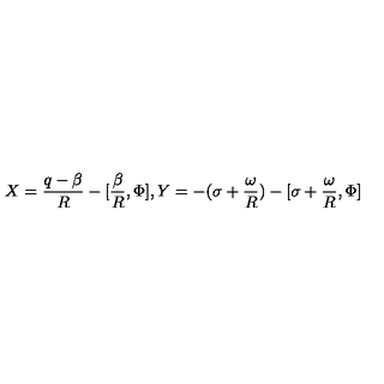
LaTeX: X = \frac { q - \beta } { R } - [ \frac { \beta } { R } , \Phi ] , Y = - ( \sigma + \frac { \omega } { R } ) - [ \sigma + \frac { \omega } { R } , \Phi ]